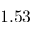
1 . 5 3